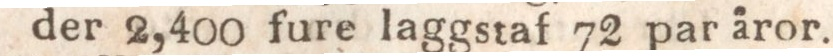
der 2,400 fure laggstaf 72 par åror.